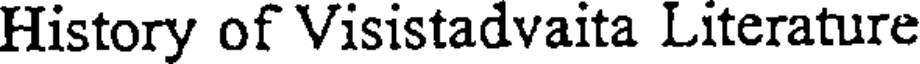
History of Visistadvaita Literature